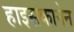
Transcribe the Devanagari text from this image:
हाइसकानेन